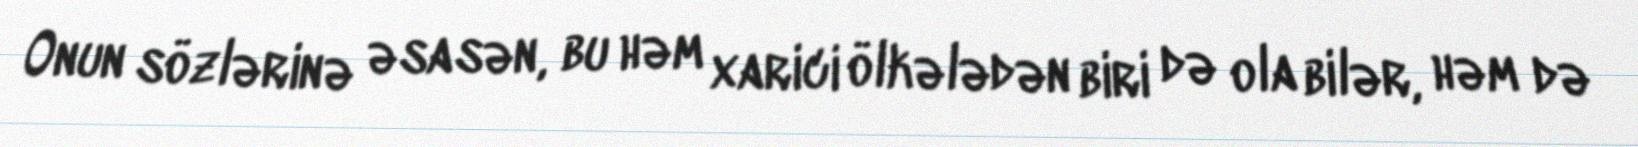
Onun sözlərinə əsasən, bu həm xarici ölkələdən biri də ola bilər, həm də